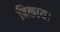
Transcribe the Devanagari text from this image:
बिकाय।